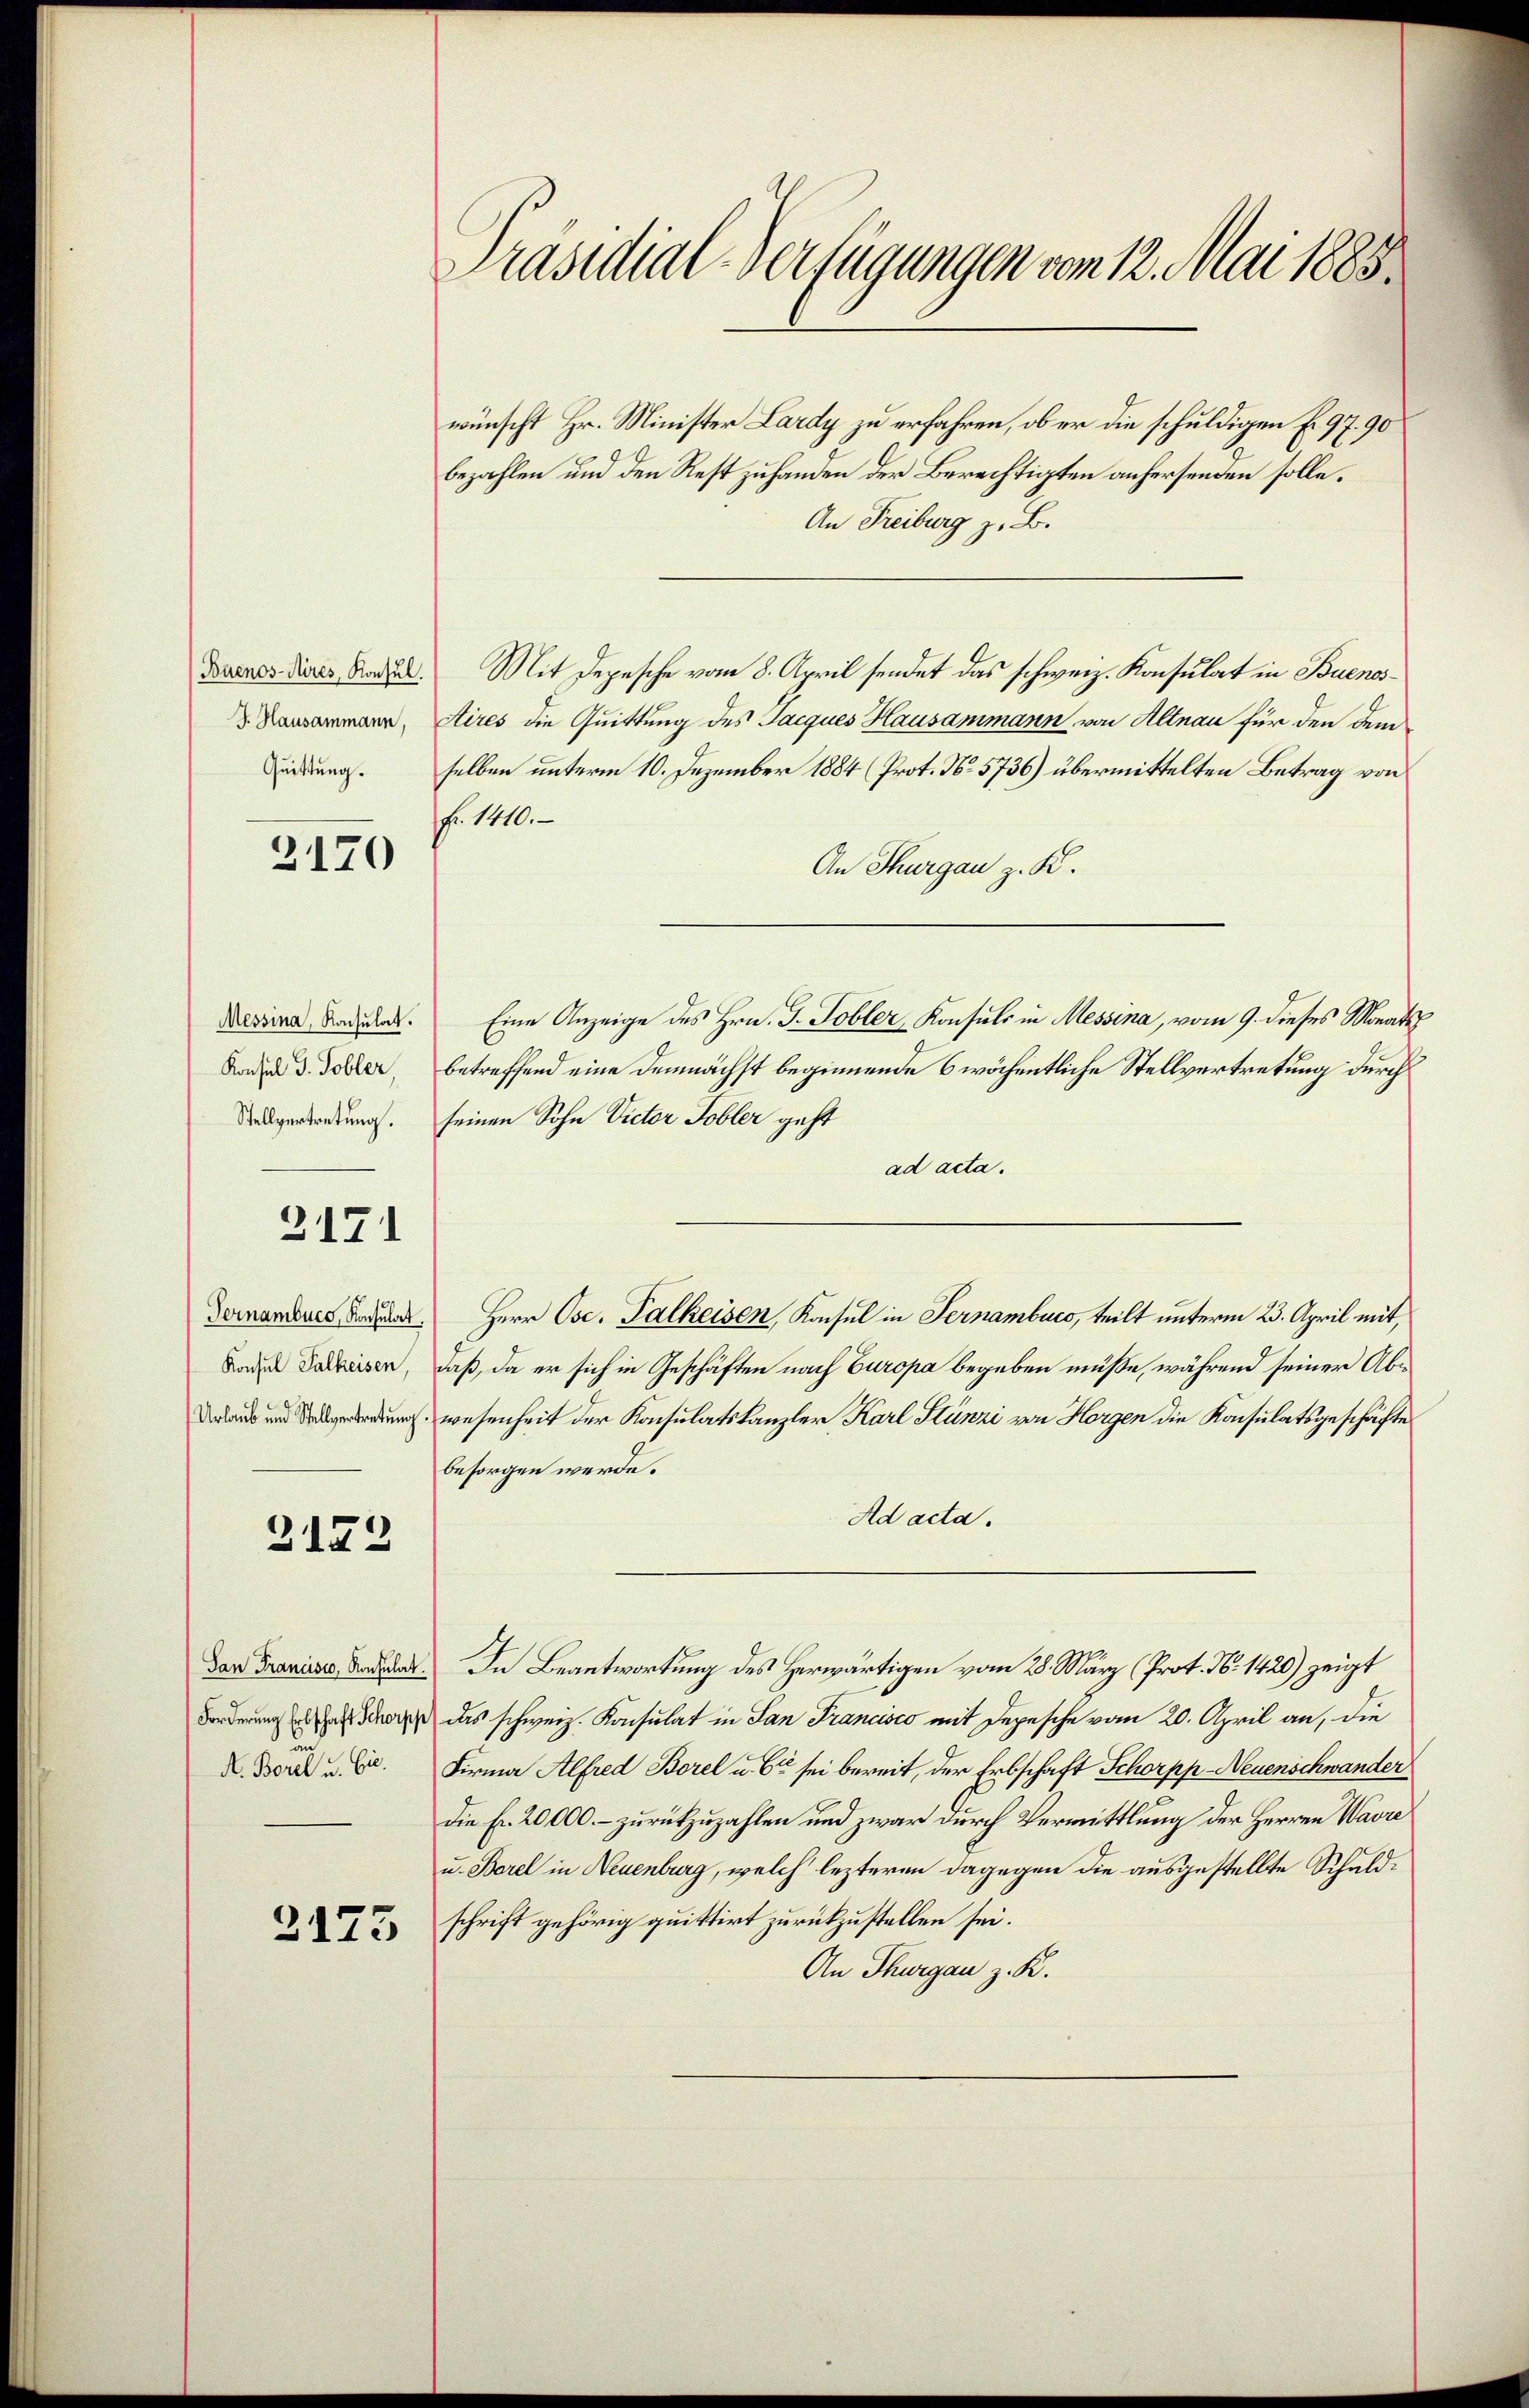
Buenos-Aires, Konsul.
J. Hausammann,
Quittung.

2170

Messina, Konsulat.
Konsul J. Tobler
Stellvertretung.

2171

Tornamburg, Konsulat
Konsul Falkeisen,
Urlaub und Stellvertretung.

2172

San Francisco, Konsulat.
Forderung Erbschaft Schorpp
un
A. Borel u. Cie.

2175

Präsidial-Verfügungen vom 12. Mai 1883

wünscht Hr. Minister Lardy zu erfahren, ob er die schuldigen Fr. 97. 90
bezahlen und den Rest zu handen der Berechtigten anhersenden solle.
An Freiburg z. B.
Mit Depesche vom 8. April sendet das schweiz. Konsulat in Buenos¬
Aires die Quittung des Jacques Hausammann von Altnau für den dem
selben unterm 10. Dezember 1884 (Prot. No. 5736) übermittelten Betrag von
Fr. 1410.
An Thurgau z. K.
Eine Anzeige des Hrn. J. Tobler, Konsuls in Messina, vom 9. dieses Monats
betreffend eine demnächst beginnende 6 wöchentliche Stellvertretung durch
seinen Sohn Victor Tobler geht
ad acta.
Herr Osc. Falkeisen, Konsul in Fernambucs, teilt unterm 23. April mit,
daß, da er sich in Geschäften nach Europa begeben müße, während seiner Abwesenheit der Konsulatskanzler Karl Stünzi von Horgen die Konsulatsgeschäfte
besorgen werde.
Ad acta.
In Beantwortung des Herwärtigen vom 28. März (Prot. N. 1420) zeigt
das schweiz. Konsulat in San Francisco mit Depesche vom 20. April an, die
Firma Alfred Borel u. Ce sei bereit, der Erbschaft Schorpp-Neuenschwander
Die Fr. 20000.- zurückzuzahlen und zwar durch Vermittlung der Herren Wavre
u. Borel in Neuenburg, welch lezteren dagegen die ausgestellte Schuldschrift gehörig quittirt zurückzustellen sei.
An Thurgau z. K.